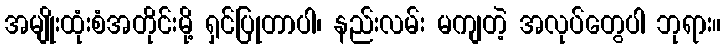
အမျိုးထုံးစံအတိုင်းမို့ ရှင်ပြုတာပါ၊ နည်းလမ်း မကျတဲ့ အလုပ်တွေပါ ဘုရား။